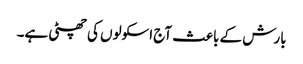
بارش کے باعث آج اسکولوں کی چھٹی ہے۔